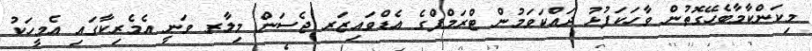
މިކަންކާމާބެހޭގޮތުން ވާހަކަފުޅު ދައްކަވަމުން ޓްރަމްޕްގެ އެޑްވައިޒަރ ޖެސަން މިލާރ ވަނީ އެމެރިކާގައި އެމީހަކު